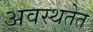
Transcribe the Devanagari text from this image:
अवस्थतेत